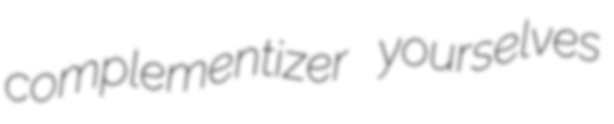
complementizer yourselves